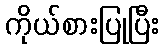
ကိုယ်စားပြုပြီး